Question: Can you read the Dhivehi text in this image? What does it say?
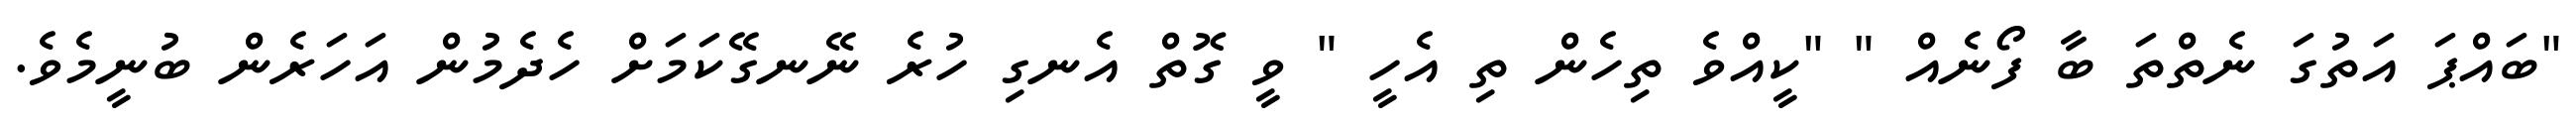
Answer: "ބައްޕަ އަތުގަ ނެތްތަ ބާ ފޯނެއް " "ކީއްވެ ތިހެން ތި އެހީ " ވީ ގޮތް އެނގި ހުރެ ނޭނގޭކަމަށް ހެދެމުން އަހަރެން ބުނީމެވެ.